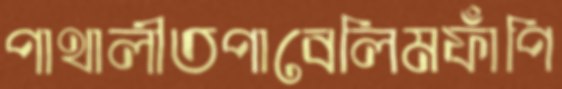
পাথালীতপাবেলিমফাঁপি